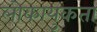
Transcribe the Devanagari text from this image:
लोकायुकता